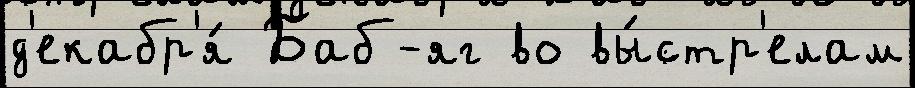
д'екабр'я́ Баб-яг во вы́стр'елам